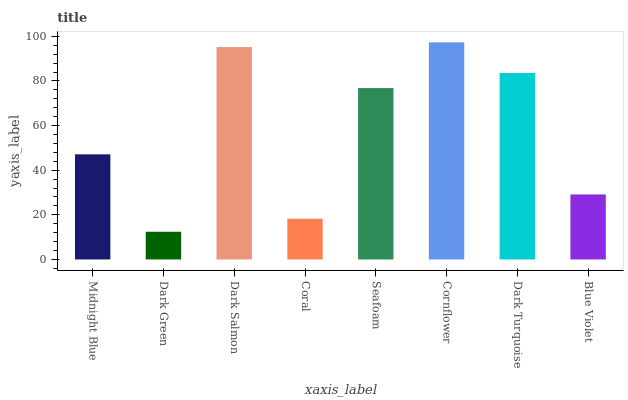
| xaxis_label | bars |
 | --- | --- |
 | Midnight Blue | 47.1 |
 | Dark Green | 12.4 |
 | Dark Salmon | 95.2 |
 | Coral | 18.2 |
 | Seafoam | 76.8 |
 | Cornflower | 97.3 |
 | Dark Turquoise | 83.6 |
 | Blue Violet | 29.1 |